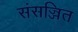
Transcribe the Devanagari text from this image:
संसज्जित